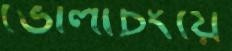
ভোলাচংয়ে